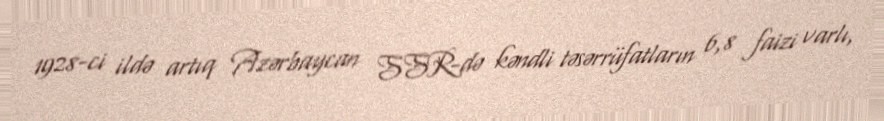
1928-ci ildə artıq Azərbaycan SSR-də kəndli təsərrüfatların 6,8 faizi varlı,